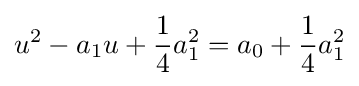
u^{2}-a_{1}u+{\frac {1}{4}}a_{1}^{2}=a_{0}+{\frac {1}{4}}a_{1}^{2}